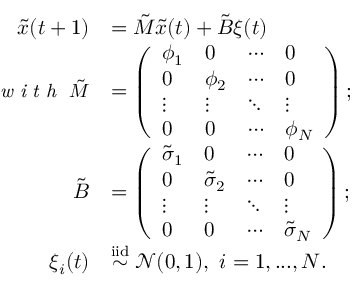
\begin{array} { r l } { \boldsymbol { \Tilde { x } } ( t + 1 ) } & { = \boldsymbol { \Tilde { M } } \boldsymbol { \Tilde { x } } ( t ) + \boldsymbol { \Tilde { B } } \boldsymbol { \xi } ( t ) } \\ { \small { \textit { w i t h } } ~ \boldsymbol { \Tilde { M } } } & { = \left( \begin{array} { l l l l } { \phi _ { 1 } } & { 0 } & { \cdots } & { 0 } \\ { 0 } & { \phi _ { 2 } } & { \cdots } & { 0 } \\ { \vdots } & { \vdots } & { \ddots } & { \vdots } \\ { 0 } & { 0 } & { \cdots } & { \phi _ { N } } \end{array} \right) ; } \\ { \boldsymbol { \Tilde { B } } } & { = \left( \begin{array} { l l l l } { \Tilde { \sigma } _ { 1 } } & { 0 } & { \cdots } & { 0 } \\ { 0 } & { \Tilde { \sigma } _ { 2 } } & { \cdots } & { 0 } \\ { \vdots } & { \vdots } & { \ddots } & { \vdots } \\ { 0 } & { 0 } & { \cdots } & { \Tilde { \sigma } _ { N } } \end{array} \right) ; } \\ { \xi _ { i } ( t ) } & { \overset { \mathrm { i i d } } { \sim } \mathcal { N } ( 0 , 1 ) , ~ i = 1 , . . . , N . } \end{array}